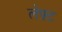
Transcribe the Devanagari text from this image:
लेफ़्ट